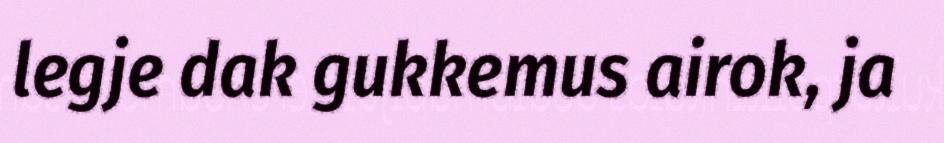
legje dak gukkemus airok, ja